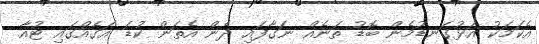
އެކަމަކު އަޅުގަނޑުމެން ބޮޑު ތަނެއް ނަގާފައި ދެން އެތަން ކުޑަ އަގެއްގައި ޓުއާ